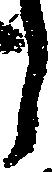
う